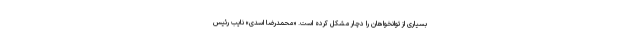
بسیاری از توانخواهان را دچار مشکل کرده است. «محمدرضا اسدی» نایب رئیس